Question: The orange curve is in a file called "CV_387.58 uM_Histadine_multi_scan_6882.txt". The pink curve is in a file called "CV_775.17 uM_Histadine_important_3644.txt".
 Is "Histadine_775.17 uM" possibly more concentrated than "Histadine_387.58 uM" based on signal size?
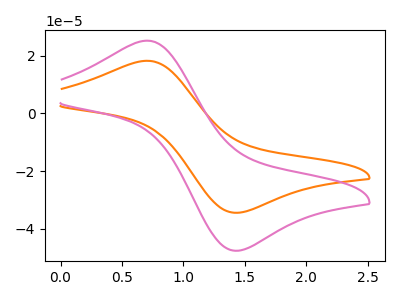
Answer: <think>The orange curve "Histadine_387.58 uM" has an anodic peak at (0.70V, 18.30uA) and a cathodic peak at (1.45V, -34.50uA). The pink curve "Histadine_775.17 uM" has an anodic peak at (0.70V, 25.25uA) and a cathodic peak at (1.45V, -47.65uA).
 All the peaks in "Histadine_775.17 uM" have a peak in "Histadine_387.58 uM" at the same potential. Every peak in "Histadine_775.17 uM" is higher than every peak in "Histadine_387.58 uM".</think>
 <answer>"Histadine_775.17 uM" has more signal than "Histadine_387.58 uM".</answer>
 <eval>more_signal</eval>